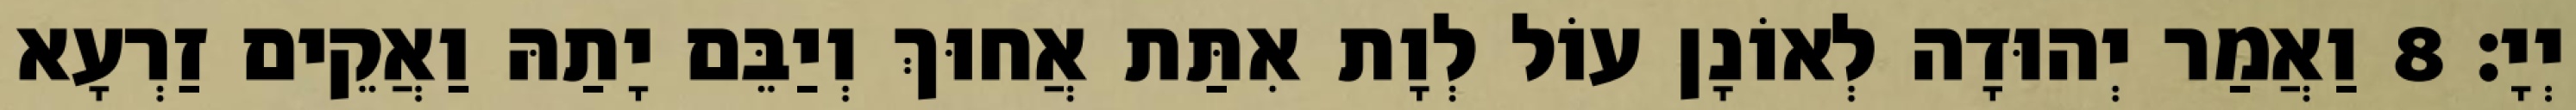
יְיָ׃ 8 וַאֲמַר יְהוּדָה לְאוֹנָן עוֹל לְוָת אִתַּת אֲחוּךְ וְיַבֵּם יָתַהּ וַאֲקֵים זַרְעָא